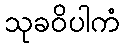
သုခဝိပါကံ